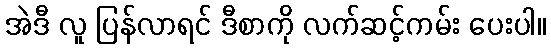
အဲဒီ လူ ပြန်လာရင် ဒီစာကို လက်ဆင့်ကမ်း ပေးပါ။